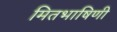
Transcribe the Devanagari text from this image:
मितभाषिणी